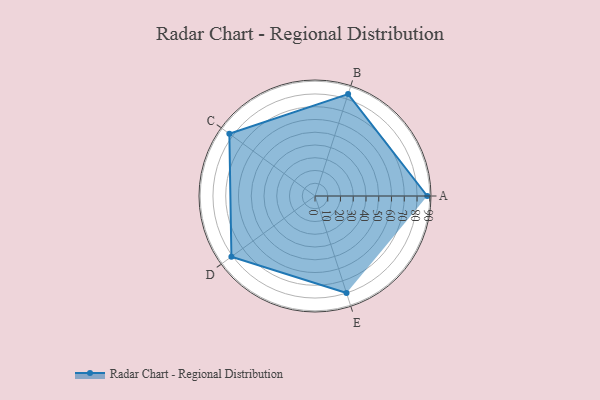
{"axis": {"x": "Skill", "y": "Score"}, "legend": ["Profile"], "data": [{"x": "A", "y": 88.0, "type": "Profile"}, {"x": "B", "y": 84.0, "type": "Profile"}, {"x": "C", "y": 83.0, "type": "Profile"}, {"x": "D", "y": 81.0, "type": "Profile"}, {"x": "E", "y": 80.0, "type": "Profile"}]}